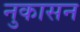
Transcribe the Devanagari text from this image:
नुकासन